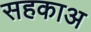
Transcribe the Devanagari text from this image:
सहकाअ